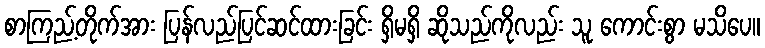
စာကြည့်တိုက်အား ပြန်လည်ပြင်ဆင်ထားခြင်း ရှိမရှိ ဆိုသည်ကိုလည်း သူ ကောင်းစွာ မသိပေ။